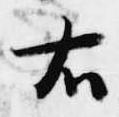
右